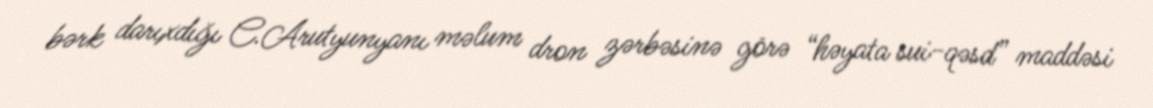
bərk darıxdığı C.Arutyunyanı məlum dron zərbəsinə görə “həyata sui-qəsd” maddəsi